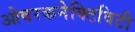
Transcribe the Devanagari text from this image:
ओवरकनेक्टिविटी